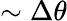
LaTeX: \sim\Delta\theta